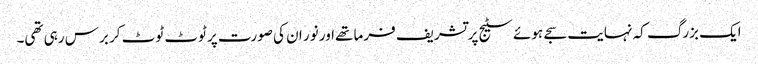
ایک بزرگ کہ نہایت سجے ہوئے سٹیج پر تشریف فرما تھےاور نور ان کی صورت پر ٹوٹ ٹوٹ کر برس رہی تھی۔